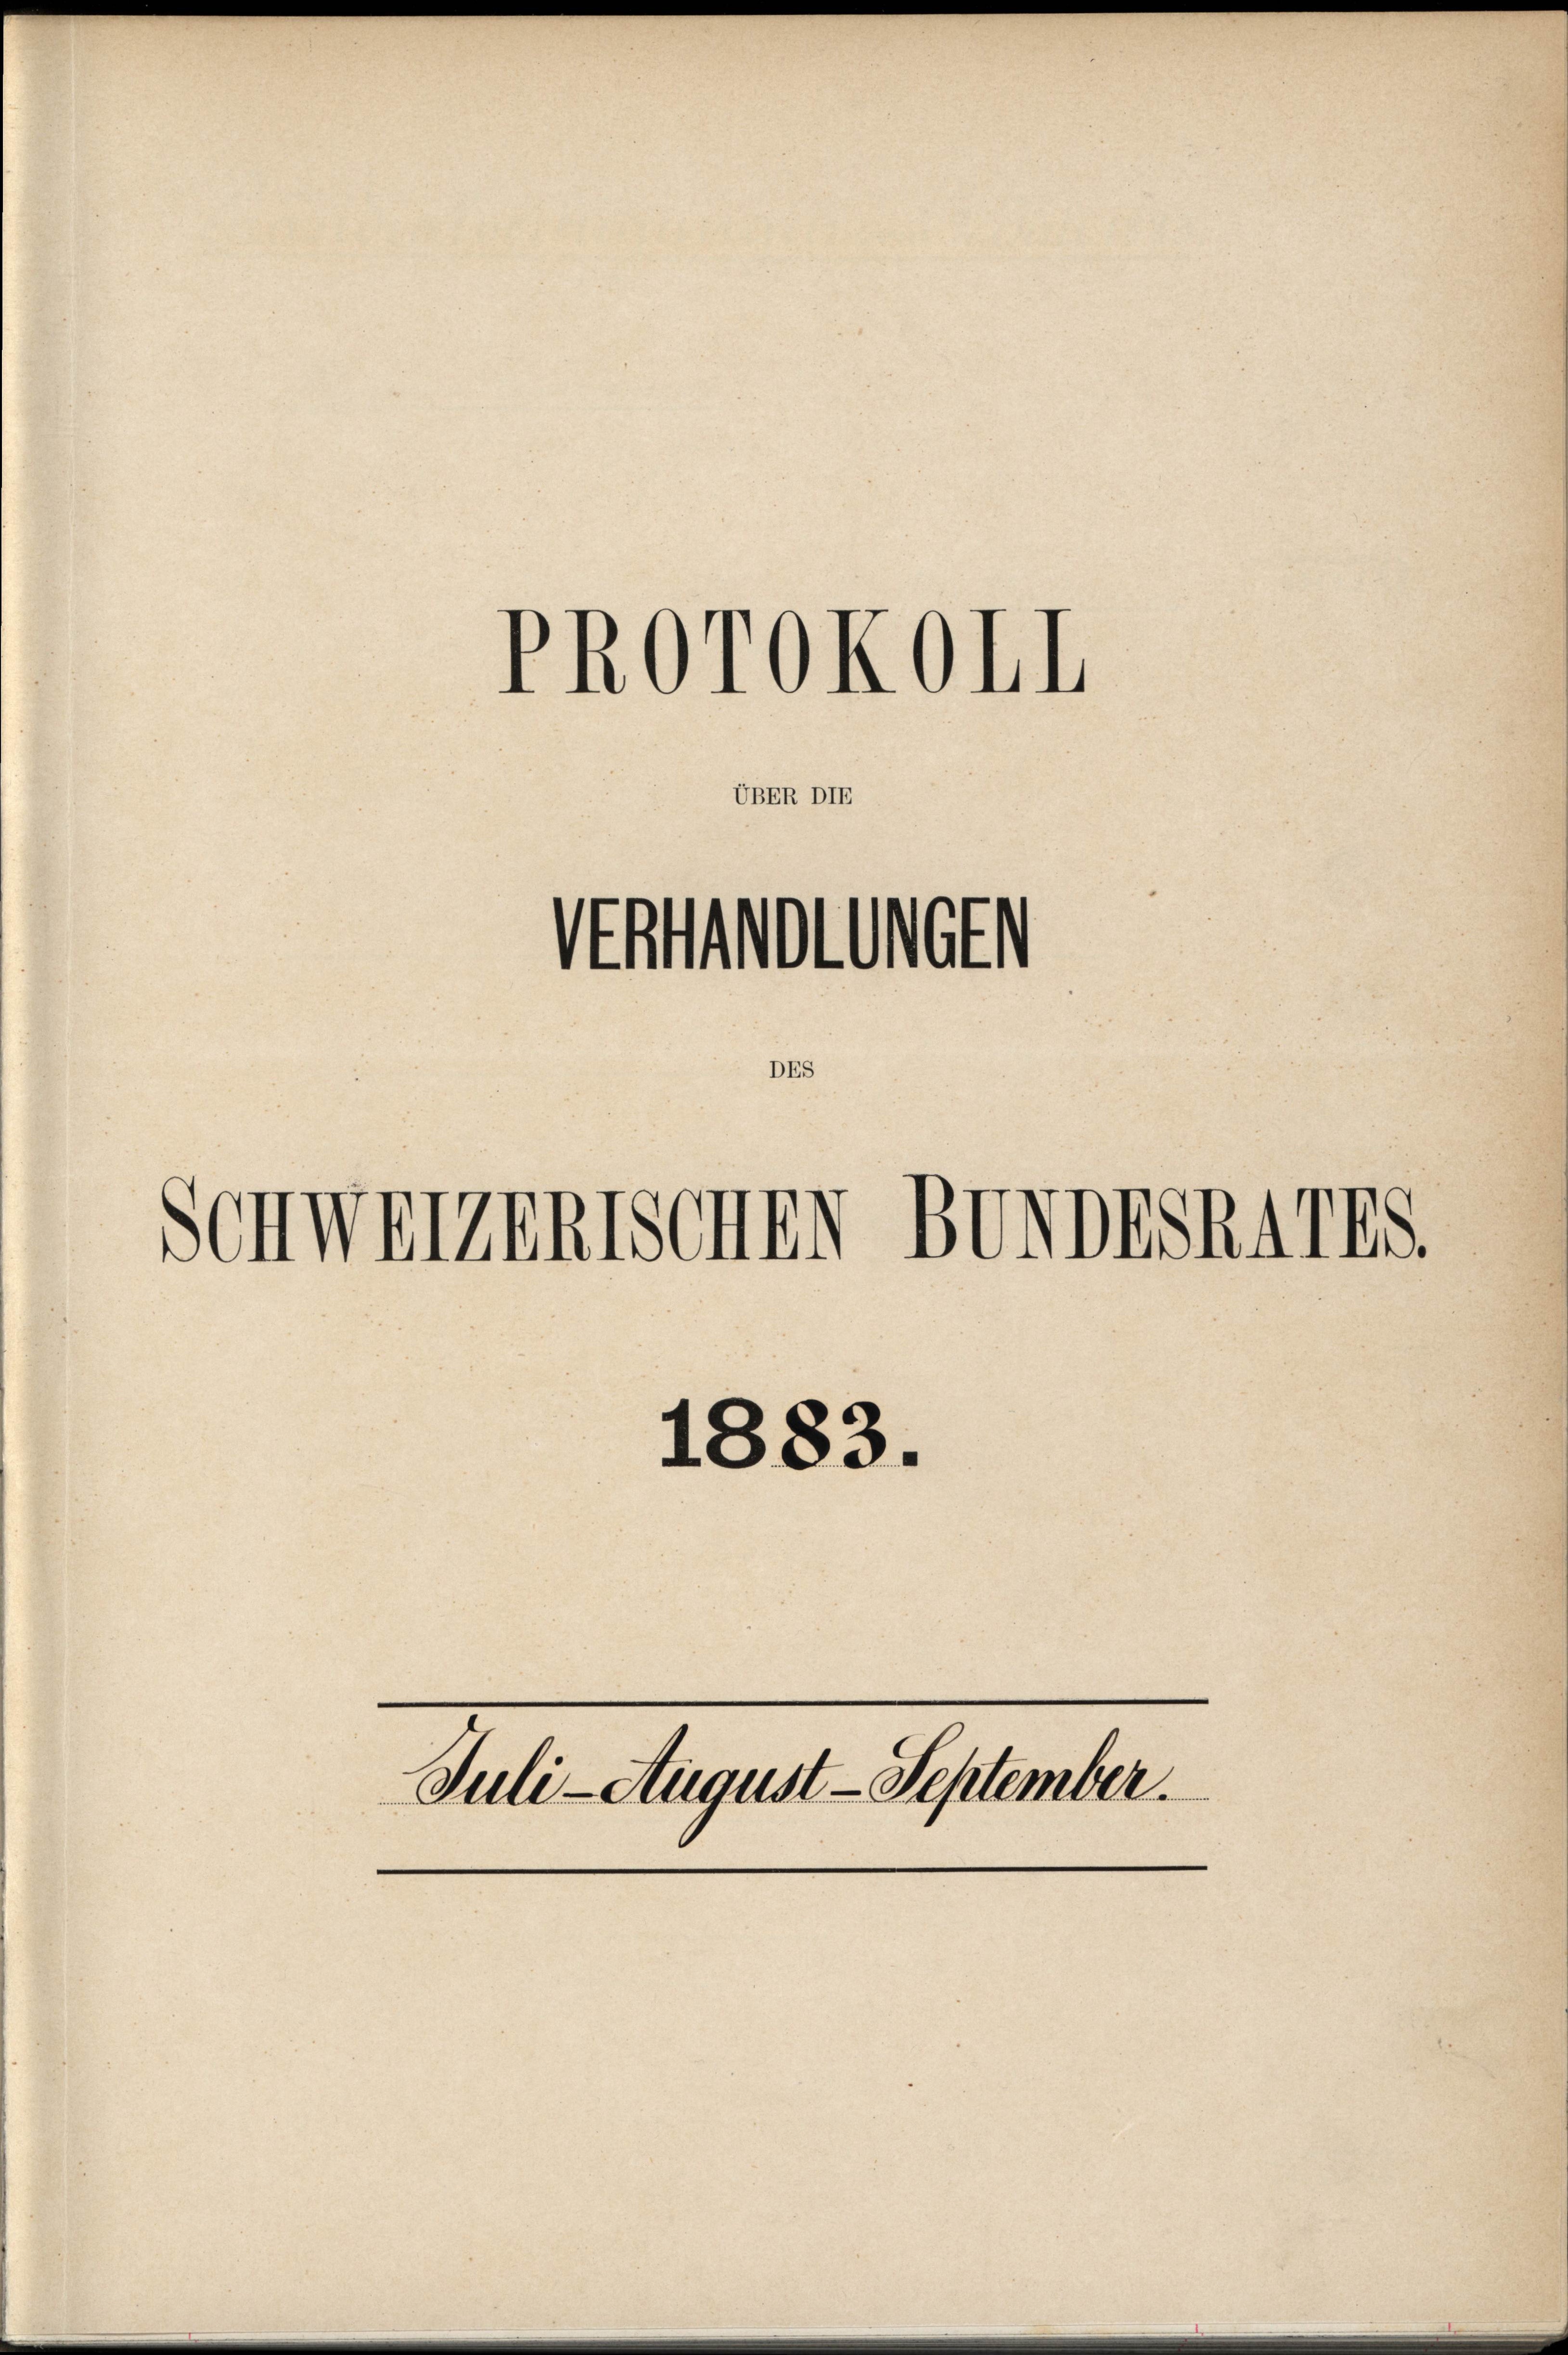
Vrtolden
Schweizerischen BevorsR4178.
1883.

PROrOKOII
UBER DIE

Juli-August - September.